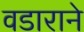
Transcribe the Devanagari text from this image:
वडाराने